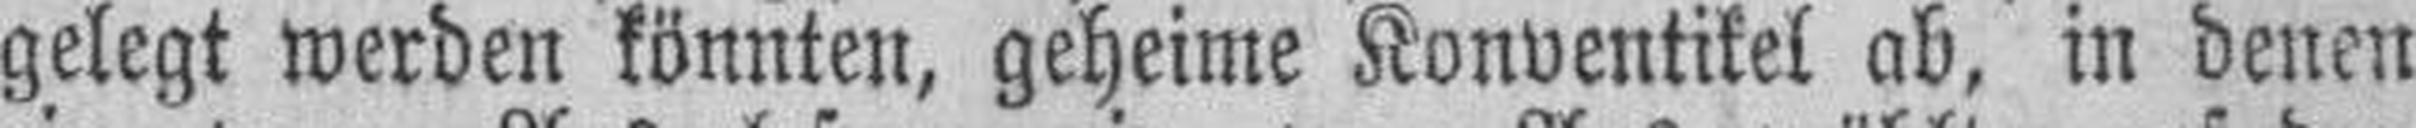
gelegt werden könnten, geheime Konventikel ab, in denen